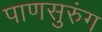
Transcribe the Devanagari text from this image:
पाणसुरुंग